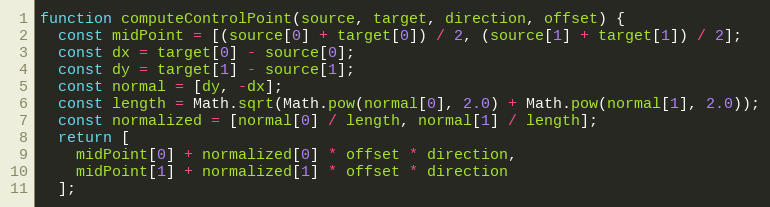
Language: JavaScript
function computeControlPoint(source, target, direction, offset) {
  const midPoint = [(source[0] + target[0]) / 2, (source[1] + target[1]) / 2];
  const dx = target[0] - source[0];
  const dy = target[1] - source[1];
  const normal = [dy, -dx];
  const length = Math.sqrt(Math.pow(normal[0], 2.0) + Math.pow(normal[1], 2.0));
  const normalized = [normal[0] / length, normal[1] / length];
  return [
    midPoint[0] + normalized[0] * offset * direction,
    midPoint[1] + normalized[1] * offset * direction
  ];